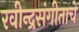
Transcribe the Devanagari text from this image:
रवीन्द्रसंगीताचे